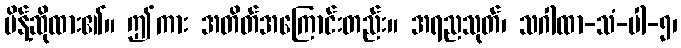
မိန့်ဆိုထား၏။ ဤကား အတိတ်အကြောင်းတည်း။ အရညသုတ်၊ သဂါထာ-သံ-ပါ-၅၊